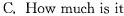
C.How much is it